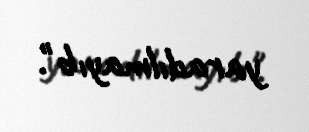
yaradılmayıb".